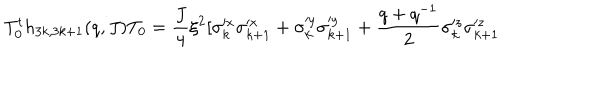
T _ { 0 } ^ { t } h _ { 3 k , 3 k + 1 } ( q , J ) T _ { 0 } = \frac { J } { 4 } \xi ^ { 2 } [ \sigma _ { k } ^ { x } \sigma _ { k + 1 } ^ { x } + \sigma _ { k } ^ { y } \sigma _ { k + 1 } ^ { y } + \frac { q + q ^ { - 1 } } { 2 } \sigma _ { k } ^ { z } \sigma _ { k + 1 } ^ { z }